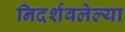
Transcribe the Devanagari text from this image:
निदर्शवलेल्या